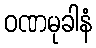
ဝဏမုခါနံ